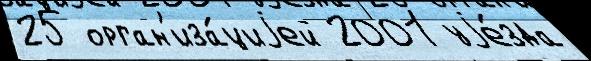
25 орган'иза́циjей 2001 уjе́зда